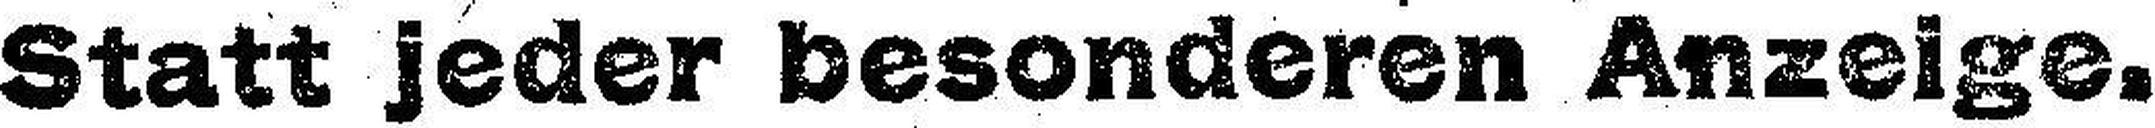
Statt jeder besonderen Anzeige.